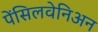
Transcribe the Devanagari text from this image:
पेंसिलवेनिअन